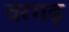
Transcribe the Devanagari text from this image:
वरगढ़